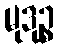
မုဒုဉ္စ